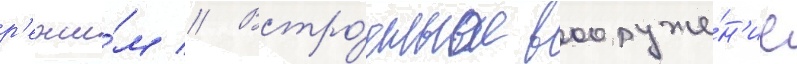
р'ежи́м // Встро́енное вооруже́н'ие